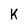
Character: k